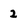
Character: 2